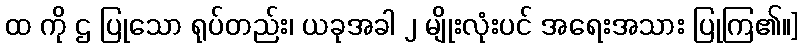
ထ ကို ဌ ပြုသော ရုပ်တည်း၊ ယခုအခါ ၂ မျိုးလုံးပင် အရေးအသား ပြုကြ၏။]